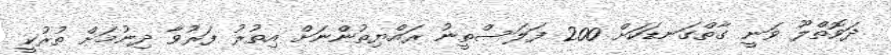
ދަވޮތްލޫ ވަނީ ގާތްގަނޑަކަށް 200 ފަލަސްތީނު ރައްޔިތުންނަށް އިތުރު ފަރުވާ ދިނުމަށް ތުރުކީ